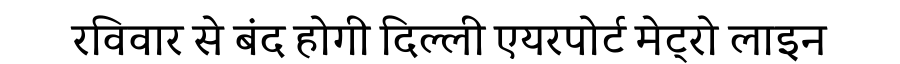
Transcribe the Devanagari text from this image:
रविवार से बंद होगी दिल्ली एयरपोर्ट मेट्रो लाइन